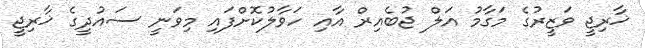
ޚާރިޖީ ވަޒީރުގެ މަގާމު އަލް ޖުބެއިރް އާއި ހަވާލުކޮށްފައި މިވަނީ ސައުދީގެ ޚާރިޖީ